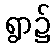
ရွာ၌